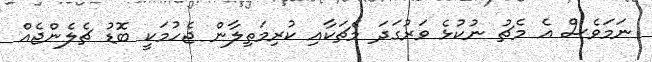
ނަމަވެސް އެ މެޗު ނުކުޅެ ވަރުގަދަ މެޗަކާއި ކުރިމަތިލާން ޖެހުމަކީ ބޮޑު ޗެލެންޖެއް